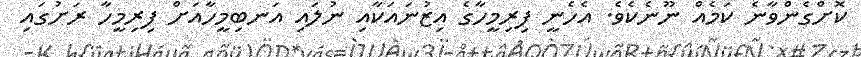
ކޮށްގެންވާނެ ކަމެއް ނޫނެކެވެ. އެހެނީ ފިރިމީހާގެ އިޒުނައަކާއި ނުލައި އަނބިމީހާއަށް ފިރިމީހާ ރަށުގައި